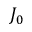
J _ { 0 }